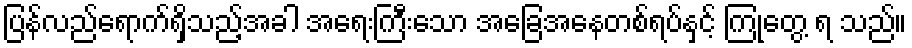
ပြန်လည်ရောက်ရှိသည့်အခါ အရေးကြီးသော အခြေအနေတစ်ရပ်နှင့် ကြုံတွေ့ ရ သည်။